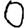
Digit: 0